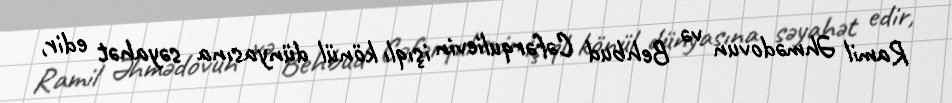
Ramil Əhmədovun və Behbud Cəfərqulievin işıqlı könül dünyasına səyahət edir,